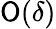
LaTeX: \mathsf{O}(\delta)